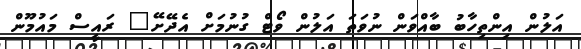
އަލުން އިންތިހާބު ބާއްވަން ނުވަތަ އަލުން ވޯޓް ގުނުމަށް އެދޭށޭ" ރައީސް މައުމޫން